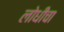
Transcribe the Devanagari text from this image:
लोधीचा